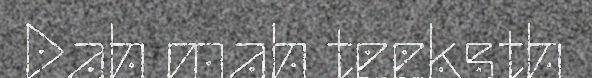
Dah mah teeksth